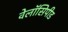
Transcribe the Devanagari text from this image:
वेलॉसिपीड